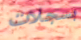
بسجلات